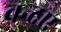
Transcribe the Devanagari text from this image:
बन्दए